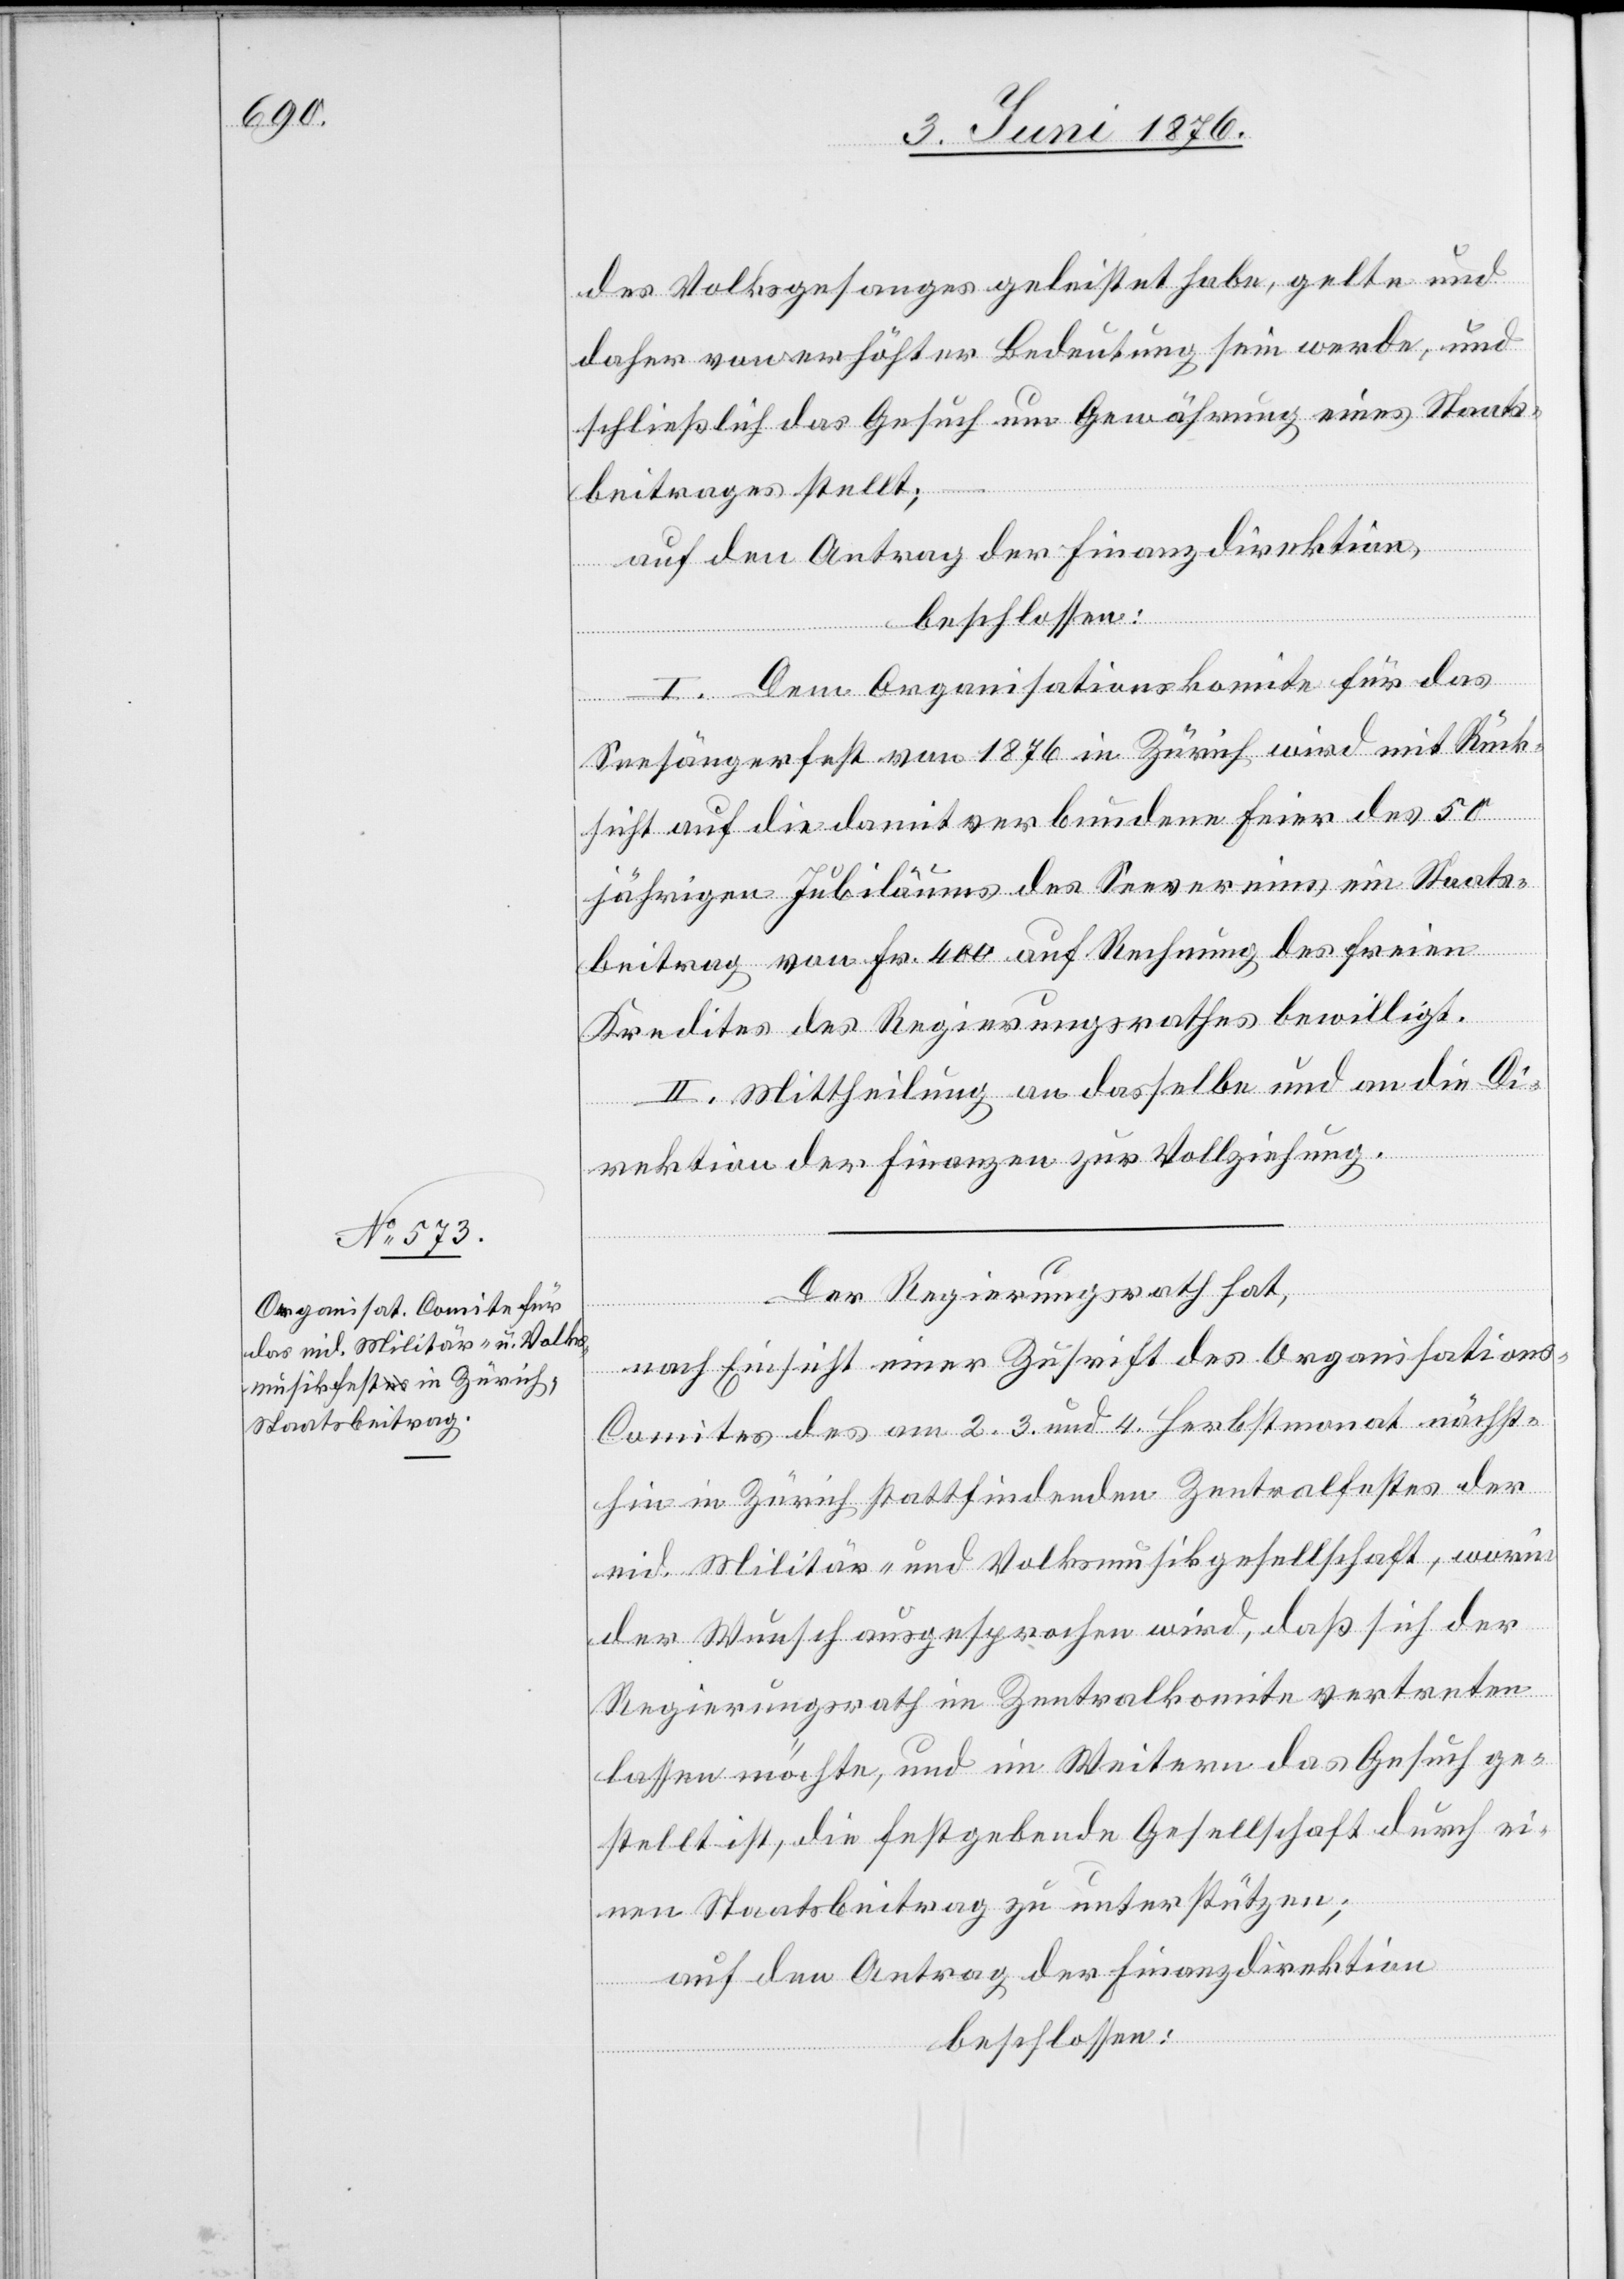
des Volksgesanges geleistet habe, gelte und
daher von erhöhter Bedeutung sein werde, und
schließlich das Gesuch um Gewährung eines Staats¬
beitrages stellt;
auf den Antrag der Finanzdirektion,
beschlossen:
I. Dem Organisationskomite für das
Seesängerfest von 1876 in Zürich wird mit Rück¬
sicht auf die damit verbundene Feier des 50
jährigen Jubiläums des Seevereines ein Staats¬
beitrag von Fr. 400 auf Rechnung des freuen
Kredites des Regierungsrathes bewilligt.
II. Mittheilung an dasselbe und an die Di¬
rektion der Finanzen zur Vollziehung.
Der Regierungsrath hat,
nach Einsicht einer Zuschrift des Organisation¬
s-Comites des am 2. 3. und 4. Herbstmonat nächst¬
hin in Zürich stattfindenden Zentralfestes der
eid. Militär- und Volksmusikgesellschaft, worin
der Wunsch ausgesprochen wird, das sich der
Regierungsrath im Zentralkomite vertreten
lassen möchte, und im Weitern das Gesuch ge¬
stellt ist, die festgebende Gesellschaft durch ei¬
nen Staatsbeitrag zu unterstützen;
auf den Antrag der Finanzdirektion
beschlossen: